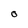
Character: O